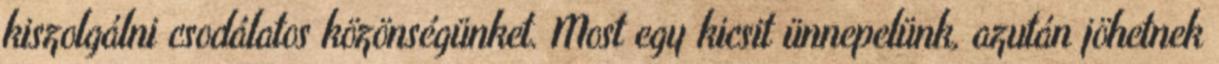
kiszolgálni csodálatos közönségünket. Most egy kicsit ünnepelünk, azután jöhetnek